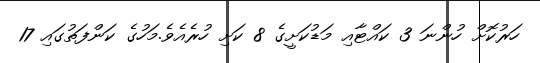
ހަރުކޮށް ހުންނަ 3 ކައްޓާއި މަޑުކަށީގެ 8 ކަށި ހުރެއެވެ.މަހުގެ ކަންފަތުގައި 17